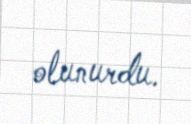
olunurdu.